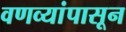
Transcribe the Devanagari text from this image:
वणव्यांपासून